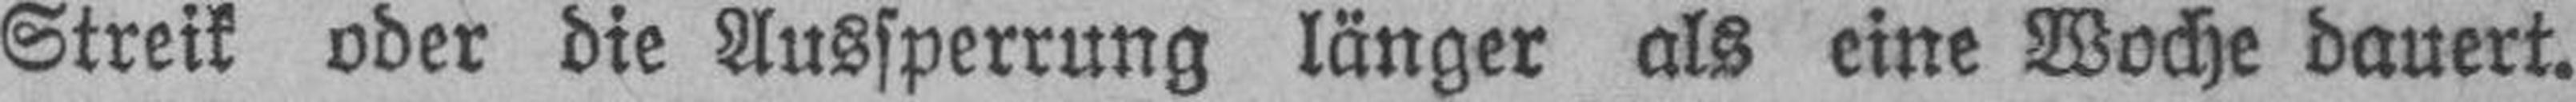
Streik oder die Aussperrung länger als eine Woche dauert.